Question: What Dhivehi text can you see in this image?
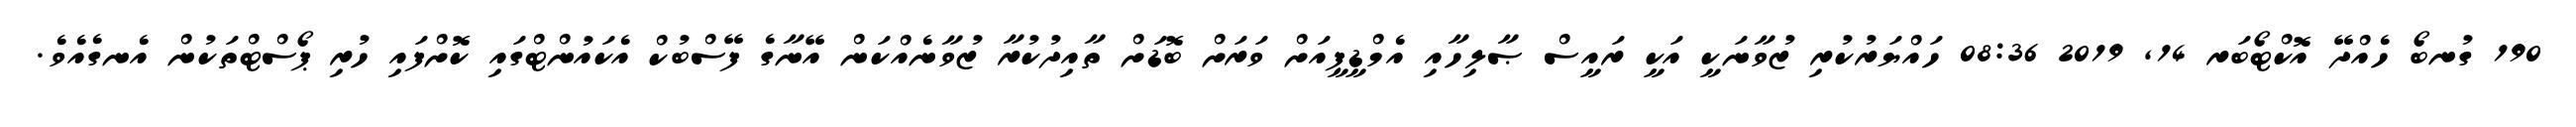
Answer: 190 ގުނބޯ ހެއްދޭ އޮކްޓޯބަރ 14, 2019 08:36 ހައްޔަރުކުރި ޒުވާނަކީ އަކީ ރައީސް ޞާލިހާއި އެމްޑީޕީއަށް ވަރަށް ބޮޑަށް ތާއިދުކުރާ ޒުވާނެއްކަން އޭނާގެ ފޭސްބުކް އެކައުންޓްގައި ކޮށްފައި ހުރި ޕޯސްޓްތަކުން އެނގެއެވެ.